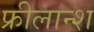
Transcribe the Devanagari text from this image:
फ्रीलान्श